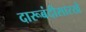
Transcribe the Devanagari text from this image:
दारूबंदीसारखे